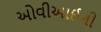
ઓવીઆઈની